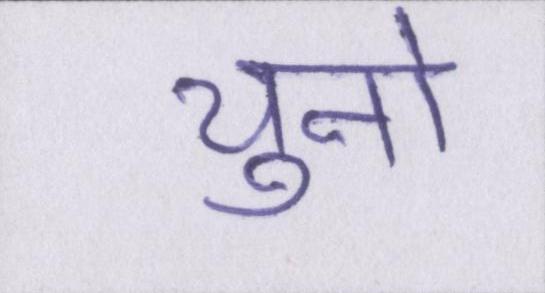
चुनो